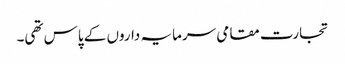
تجارت مقامی سرمایہ داروں کے پاس تھی۔